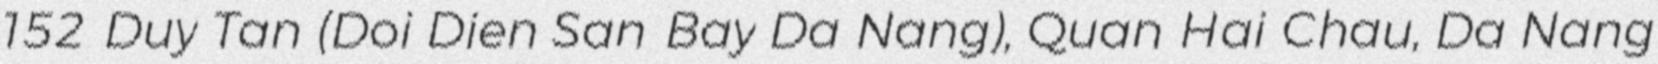
152 Duy Tan (Doi Dien San Bay Da Nang), Quan Hai Chau, Da Nang